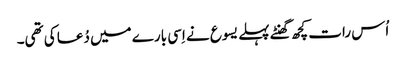
‏ اُس رات کچھ گھنٹے پہلے یسوع نے اِسی بارے میں دُعا کی تھی۔